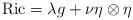
LaTeX: \begin{align*}\textrm{Ric} = \lambda g + \nu \eta\otimes\eta\end{align*}